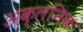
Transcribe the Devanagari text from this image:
अक्लनिक